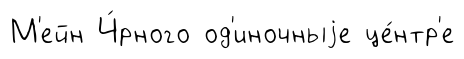
М'ейн Ч́рного од'иночныjе це́нтр'е